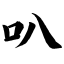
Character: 叭